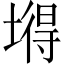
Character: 𡐙